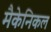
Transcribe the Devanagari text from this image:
मैकेनिकल